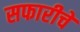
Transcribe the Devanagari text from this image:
सफारीचे